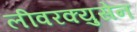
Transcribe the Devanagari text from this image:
लीवरक्युसेन